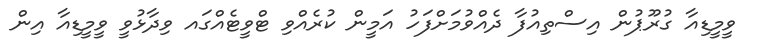
ވީމީޑިއާ ގުރޫޕުން އިސްތިއުފާ ދެއްވުމަށްފަހު އަމީން ކުރެއްވި ޓްވީޓެއްގައ ވިދާޅުވީ ވީމީޑިއާ އިން